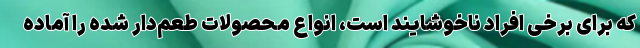
که برای برخی افراد ناخوشایند است، انواع محصولات طعم‌دار شده را آماده